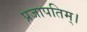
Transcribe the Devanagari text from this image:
प्रजापतिम्।